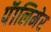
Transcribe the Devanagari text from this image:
पॅालिमेर